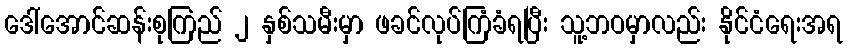
ဒေါ်အောင်ဆန်းစုကြည် ၂ နှစ်သမီးမှာ ဖခင်လုပ်ကြံခံရပြီး သူ့ဘဝမှာလည်း နိုင်ငံရေးအရ